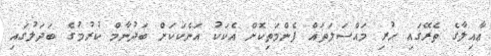
ޢާއިލާގެ ތެރޭގައި ހުރި މައްސަލަތައް ފެންމަތިކޮށް އެކަކު އަނެކަކަށް ބަދުނާމް ކުރުމުގެ ބަދަލުގައި